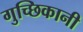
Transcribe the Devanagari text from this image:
गुच्छिकानी